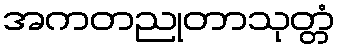
အကတညုတာသုတ္တံ